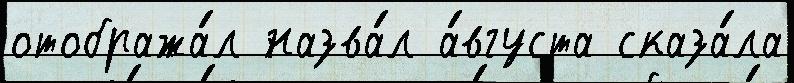
отобража́л назва́л а́вгуста сказа́ла